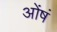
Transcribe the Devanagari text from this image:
ओंषं